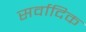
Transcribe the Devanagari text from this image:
सर्वादिक